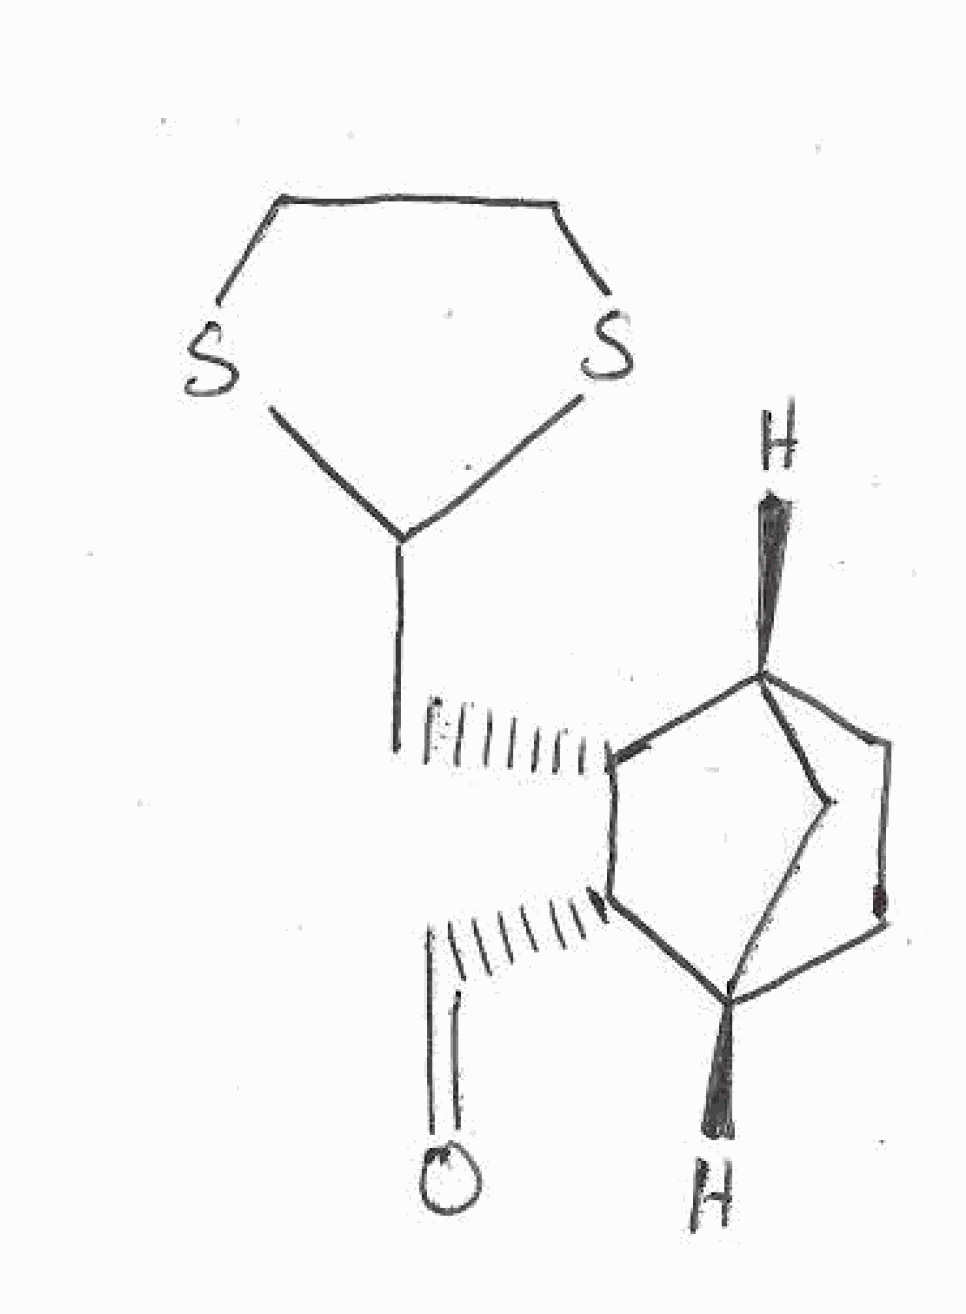
Simplified molecular-input line-entry system (SMILES) notation of the given molecule:
C1C[C@H]2C[C@@H]1[C@H]([C@H]2C=O)CC3SCCS3